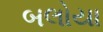
બલોયા